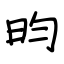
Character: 昀